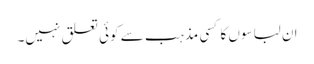
ان لباسوں کا کسی مذہب سے کوئی تعلق نہیں۔